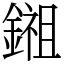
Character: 鎺